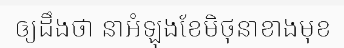
ឲ្យដឹងថា នាអំឡុងខែមិថុនាខាងមុខ